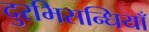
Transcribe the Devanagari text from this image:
दुरभिसन्धियाँ